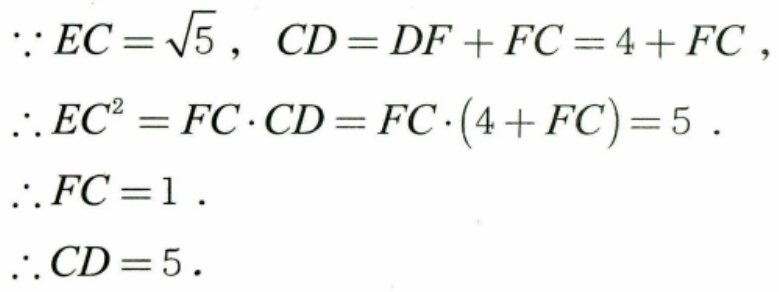
$\because EC=\sqrt{5}$，$CD = DF + FC=4 + FC$，
$\therefore EC^{2}=FC\cdot CD=FC\cdot(4 + FC)=5$．
$\therefore FC = 1$．
$\therefore CD = 5$．